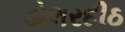
ડોલરદીઠ